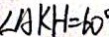
\angle A K H = 6 0 ^ { \circ }